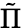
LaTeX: \tilde{\Pi}